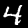
Digit: 4